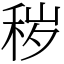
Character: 秽